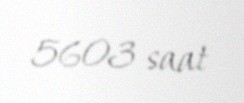
5603 saat